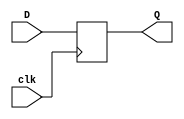
`timescale 1ns / 1ps
//////////////////////////////////////////////////////////////////////////////////
// Company: 
// Engineer: 
// 
// Design Name: 
// Module Name: D_ff
// Project Name: 
// Target Devices: 
// Tool Versions: 
// Description: 
// 
// Dependencies: 
// 
// Revision:
// Revision 0.01 - File Created
// Additional Comments:
// 
//////////////////////////////////////////////////////////////////////////////////


module D_ff(
    input D,
    input clk,
    output reg Q
    );
    
    initial
    begin
        Q = 0;
    end
    
    always @ ( posedge clk )
    begin
        Q = D;
    end
endmodule